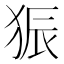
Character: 𪺼